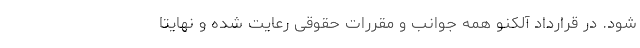
شود. در قرارداد آلکنو همه جوانب و مقررات حقوقی رعایت شده و نهایتاً